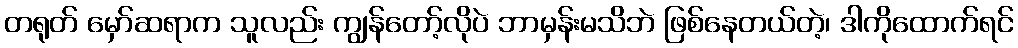
တရုတ် မှော်ဆရာက သူလည်း ကျွန်တော့်လိုပဲ ဘာမှန်းမသိဘဲ ဖြစ်နေတယ်တဲ့၊ ဒါကိုထောက်ရင်